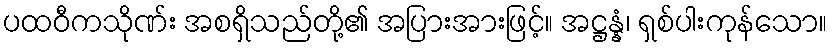
ပထဝီကသိုဏ်း အစရှိသည်တို့၏ အပြားအားဖြင့်။ အဋ္ဌန္နံ၊ ရှစ်ပါးကုန်သော။